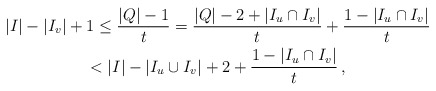
\begin{gather*}|I| - |I_v| + 1 \le \frac{|Q|-1}{t} = \frac{|Q| - 2 + |I_u \cap I_v|}{t} + \frac{1 - |I_u \cap I_v|}{t} \\< |I| - |I_u \cup I_v| + 2 + \frac{1 - |I_u \cap I_v|}{t} \,,\end{gather*}